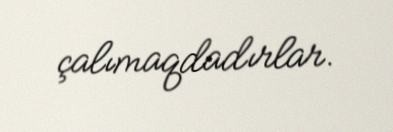
çalımaqdadırlar.